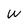
Character: w